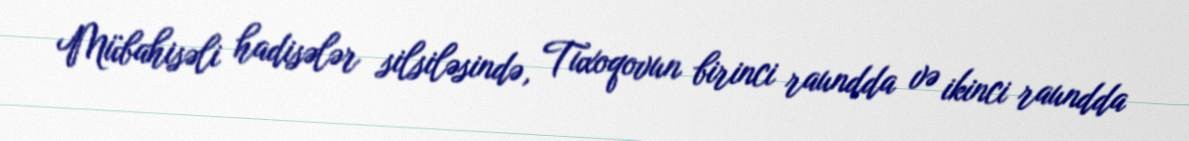
Mübahisəli hadisələr silsiləsində, Tuxoqovun birinci raundda və ikinci raundda